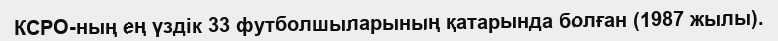
КСРО-ның ең үздік 33 футболшыларының қатарында болған (1987 жылы).